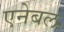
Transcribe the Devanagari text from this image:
एनेबल